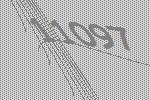
11097